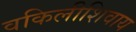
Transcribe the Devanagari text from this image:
वकिलीशिवाय